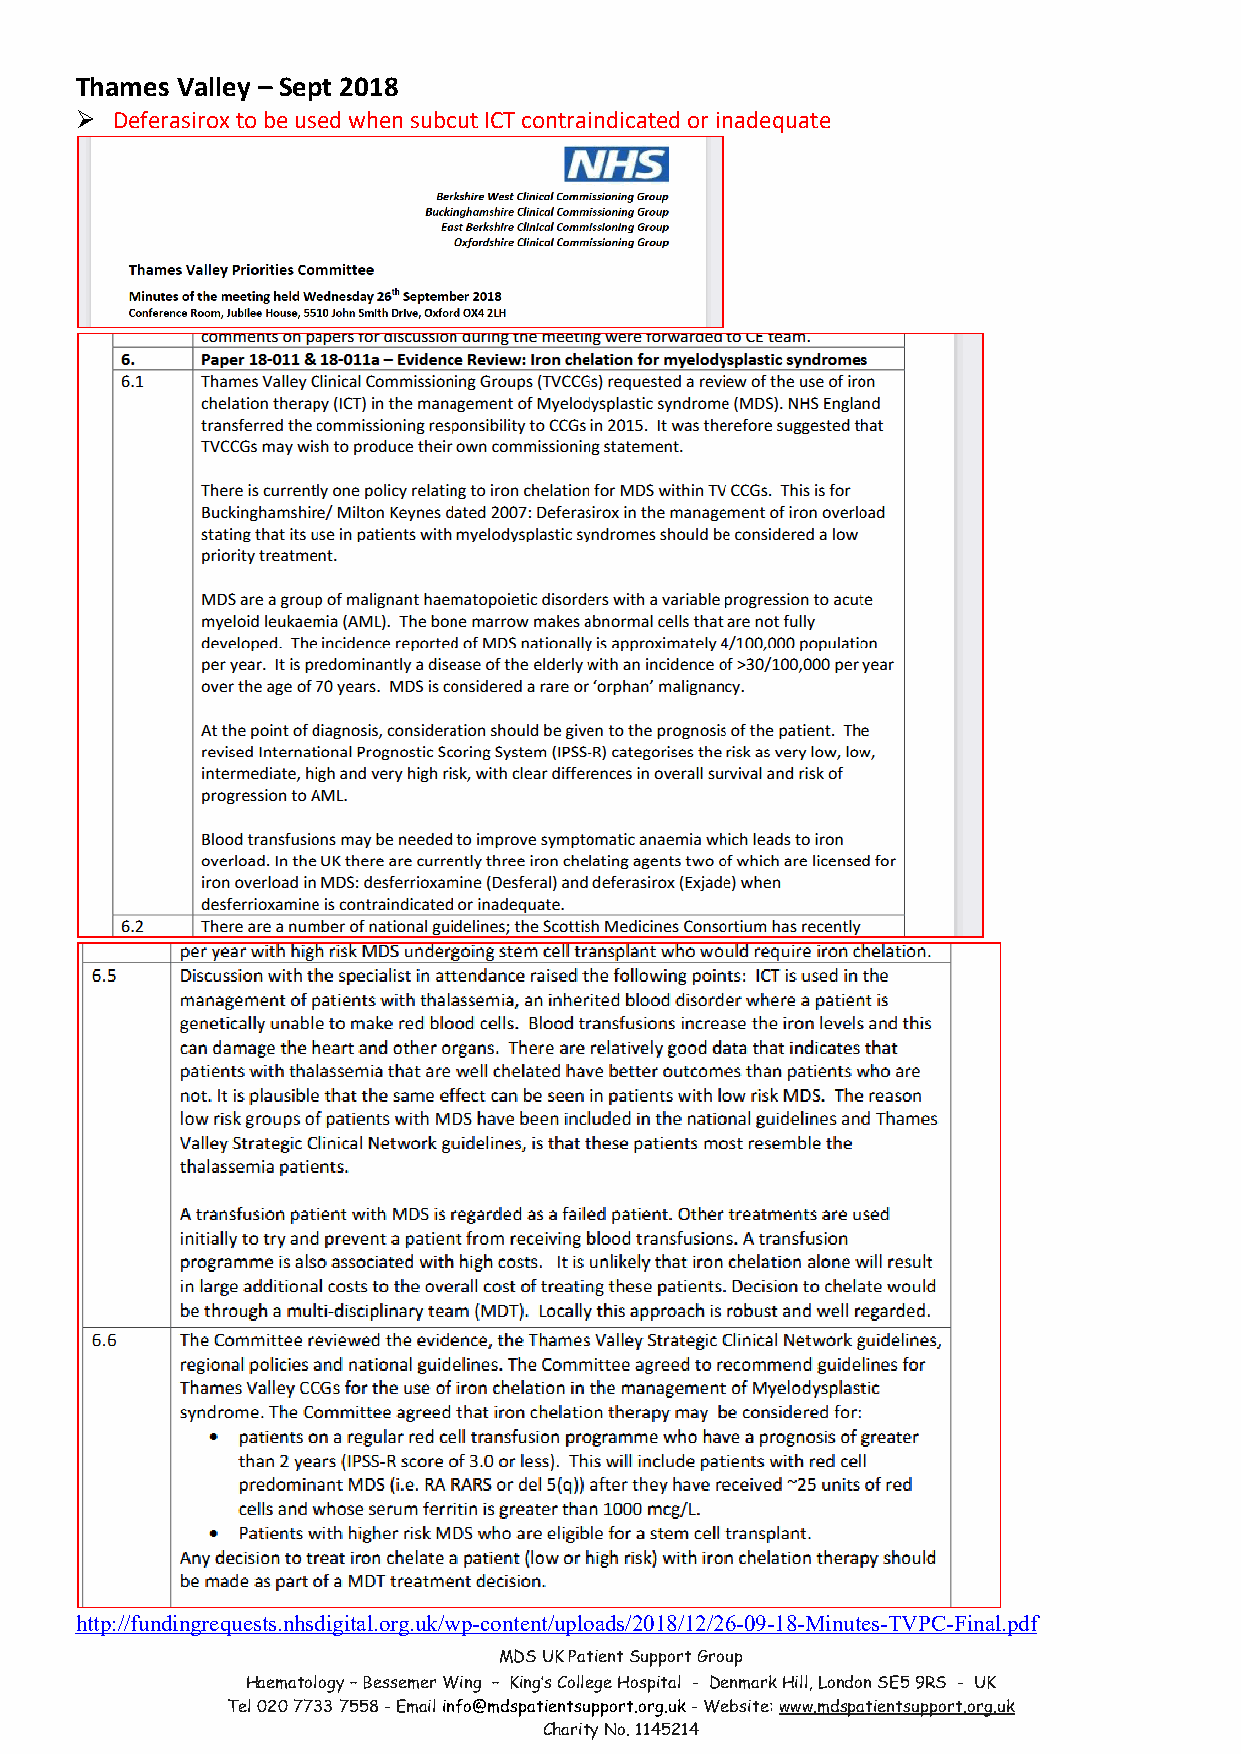
Thames Valley – Sept 2018
 Ø Deferasirox to be used when subcut ICT contraindicated or inadequate
 http://fundingrequests.nhsdigital.org.uk/wp-content/uploads/2018/12/26-09-18-Minutes-TVPC-Final.pdf
 MDS UK Patient Support Group
 Haematology – Bessemer Wing – King’s College Hospital - Denmark Hill, London SE5 9RS - UK
 Tel 020 7733 7558 - Email info@mdspatientsupport.org.uk - Website: www.mdspatientsupport.org.uk
 Charity No. 1145214